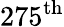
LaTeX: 275^{\mathrm{th}}